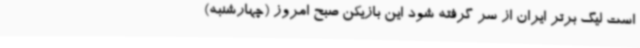
است لیگ برتر ایران از سر گرفته شود این بازیکن صبح امروز (چهارشنبه)